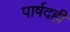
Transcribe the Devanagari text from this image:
पार्षदही